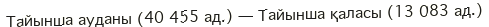
Тайынша ауданы (40 455 ад.) — Тайынша қаласы (13 083 ад.)